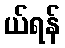
ယ်ရန်